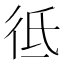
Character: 彽